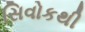
સિવોકથી